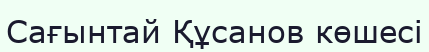
Сағынтай Құсанов көшесі